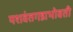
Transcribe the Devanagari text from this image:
यशवंतगडाभोवती